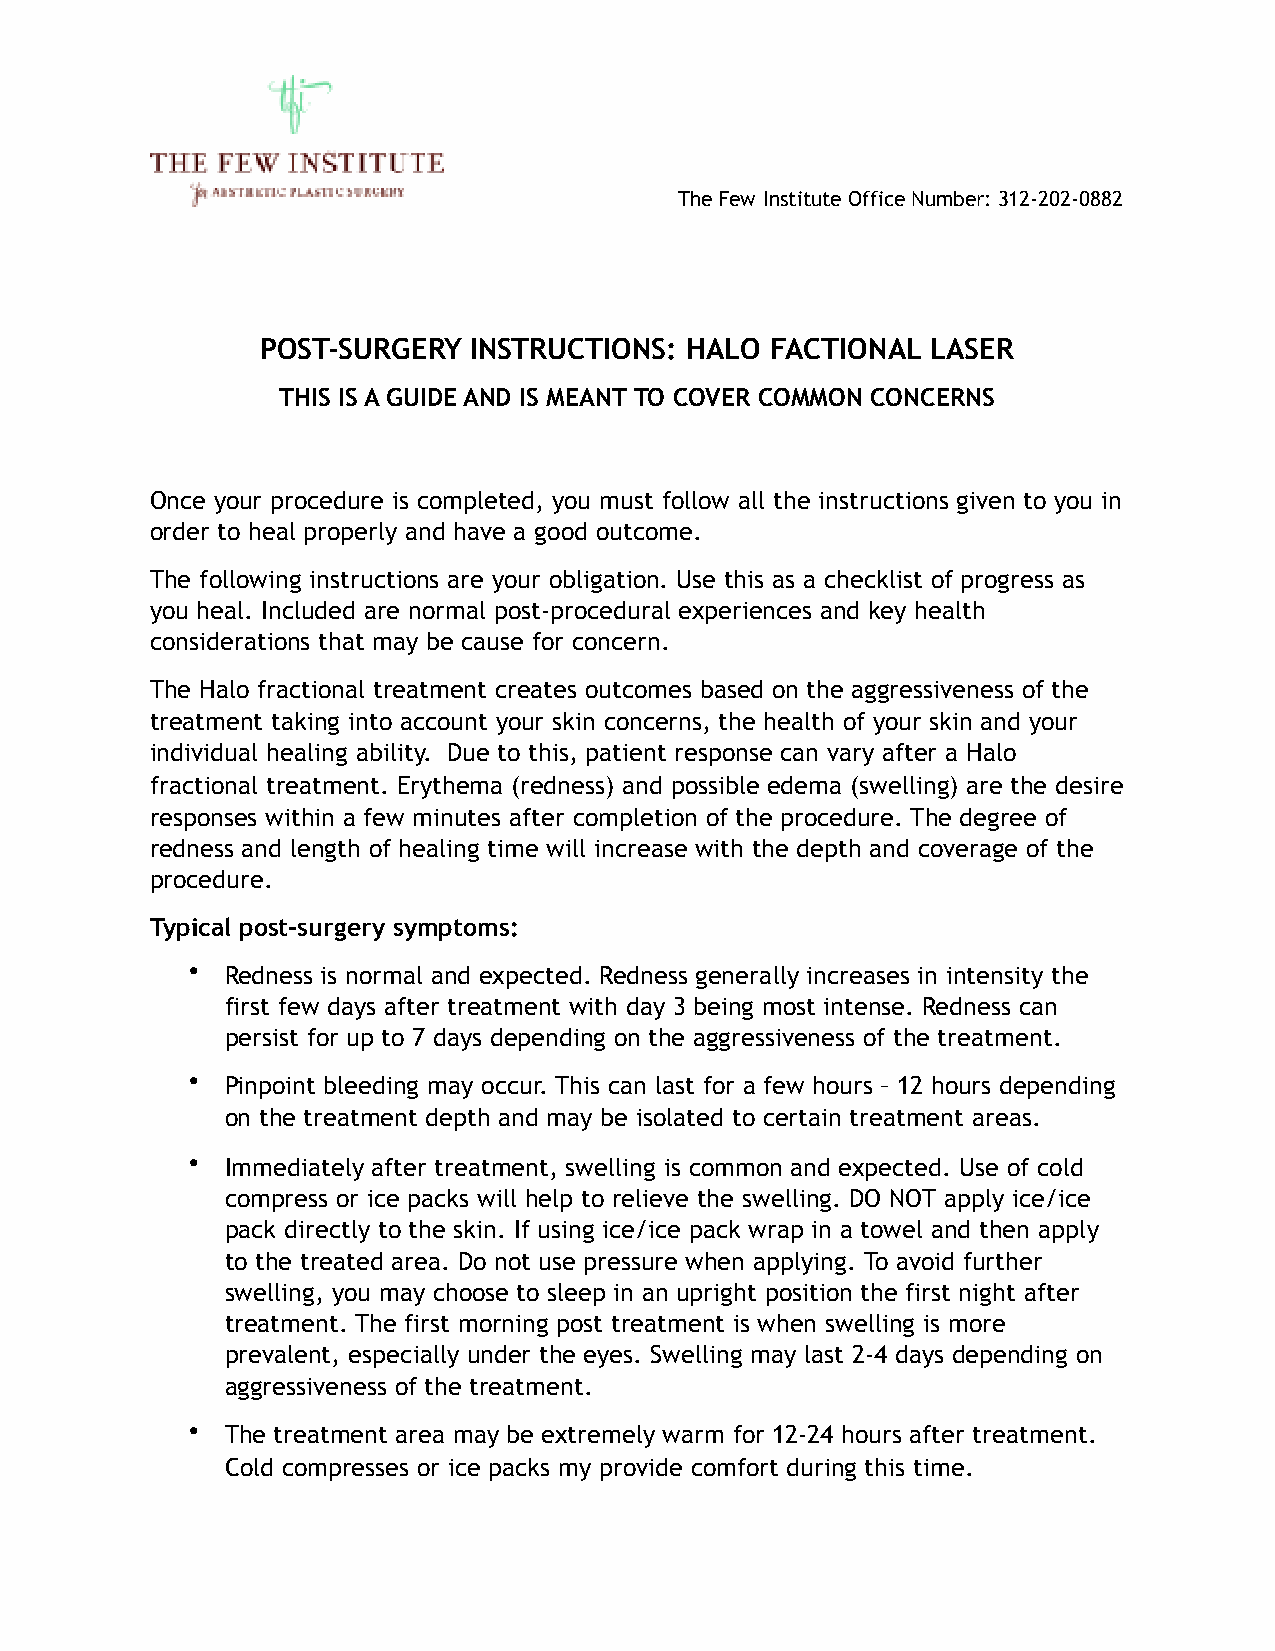
The Few Institute Office Number: 312-202-0882
 POST-SURGERY  INSTRUCTIONS: HALO  FACTIONAL  LASER
 THIS IS A GUIDE AND IS MEANT TO COVER COMMON CONCERNS
 Once your procedure is completed, you must follow all the instructions given to you in
 order to heal properly and have a good outcome.
 The following instructions are your obligation. Use this as a checklist of progress as
 you heal. Included are normal post-procedural experiences and key health
 considerations that may be cause for concern.
 The Halo fractional treatment creates outcomes based on the aggressiveness of the
 treatment taking into account your skin concerns, the health of your skin and your
 individual healing ability. Due to this, patient response can vary after a Halo
 fractional treatment. Erythema (redness) and possible edema (swelling) are the desire
 responses within a few minutes after completion of the procedure. The degree of
 redness and length of healing time will increase with the depth and coverage of the
 procedure.
 Typical post-surgery symptoms:
 •  Redness is normal and expected. Redness generally increases in intensity the
 first few days after treatment with day 3 being most intense. Redness can
 persist for up to 7 days depending on the aggressiveness of the treatment.
 •  Pinpoint bleeding may occur. This can last for a few hours – 12 hours depending
 on the treatment depth and may be isolated to certain treatment areas.
 •  Immediately after treatment, swelling is common and expected. Use of cold
 compress or ice packs will help to relieve the swelling. DO NOT apply ice/ice
 pack directly to the skin. If using ice/ice pack wrap in a towel and then apply
 to the treated area. Do not use pressure when applying. To avoid further
 swelling, you may choose to sleep in an upright position the first night after
 treatment. The first morning post treatment is when swelling is more
 prevalent, especially under the eyes. Swelling may last 2-4 days depending on
 aggressiveness of the treatment.
 •  The treatment area may be extremely warm for 12-24 hours after treatment.
 Cold compresses or ice packs my provide comfort during this time.